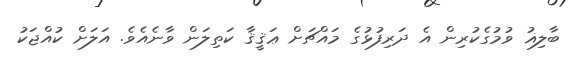
ބާލިޣު ވުމުގެކުރިން އެ ދަރިފުޅުގެ މައްޗަށް ޢަޤީޤާ ކަތިލަން ވާނެއެވެ. އަލަށް ކުއްޖަކު